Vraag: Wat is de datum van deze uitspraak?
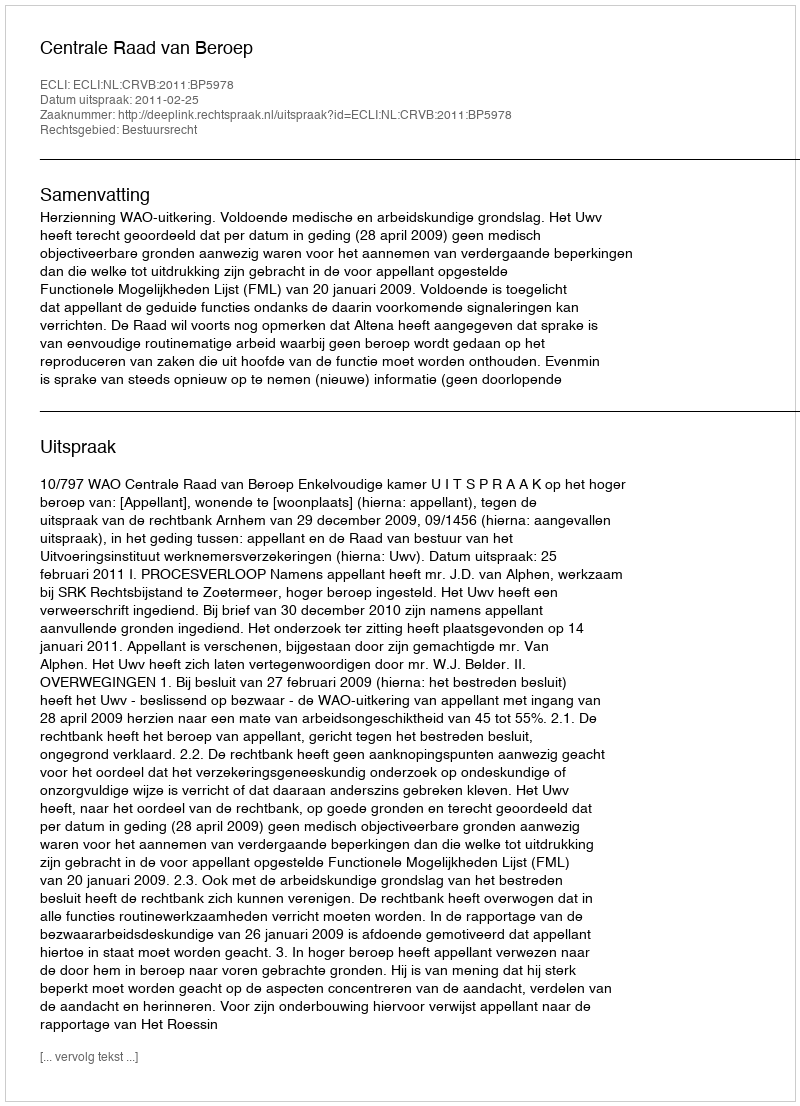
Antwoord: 2011-02-25